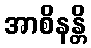
အာစိနန္တိ